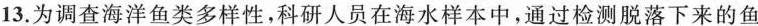
13.为调查海洋鱼类多样性，科研人员在海水样本中，通过检测脱落下来的鱼